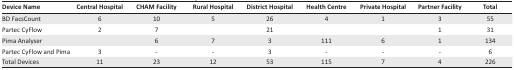
<table><thead><tr><td><b>Device Name</b></td><td><b>Central Hospital</b></td><td><b>CHAM Facility</b></td><td><b>Rural Hospital</b></td><td><b>District Hospital</b></td><td><b>Health Centre</b></td><td><b>Private Hospital</b></td><td><b>Partner Facility</b></td><td><b>Total</b></td></tr></thead><tbody><tr><td>BD FacsCount</td><td>6</td><td>10</td><td>5</td><td>26</td><td>4</td><td>1</td><td>3</td><td>55</td></tr><tr><td>Partec CyFlow</td><td>2</td><td>7</td><td></td><td>21</td><td></td><td></td><td>1</td><td>31</td></tr><tr><td>Pima Analyser</td><td></td><td>6</td><td>7</td><td>3</td><td>111</td><td>6</td><td>1</td><td>134</td></tr><tr><td>Partec CyFlow and Pima</td><td>3</td><td>-</td><td>-</td><td>3</td><td>-</td><td>-</td><td>-</td><td>6</td></tr><tr><td>Total Devices</td><td>11</td><td>23</td><td>12</td><td>53</td><td>115</td><td>7</td><td>4</td><td>226</td></tr></tbody></table>